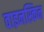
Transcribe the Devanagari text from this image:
वाइनस्किन